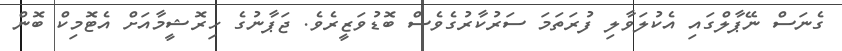
ގެނަސް ނޭޕާލްގައި އެކުލަވާލި ފުރަތަމަ ސަރުކާރުގެވެސް ބޮޑުވަޒީރެވެ. ޖަޕާނުގެ ހިރޮޝީމާއަށް އެޓޮމިކް ބޮން